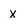
Character: x